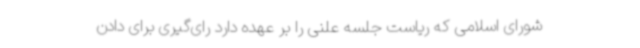
شورای اسلامی که ریاست جلسه علنی را بر عهده دارد رای‌گیری برای دادن